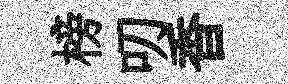
榜叨香